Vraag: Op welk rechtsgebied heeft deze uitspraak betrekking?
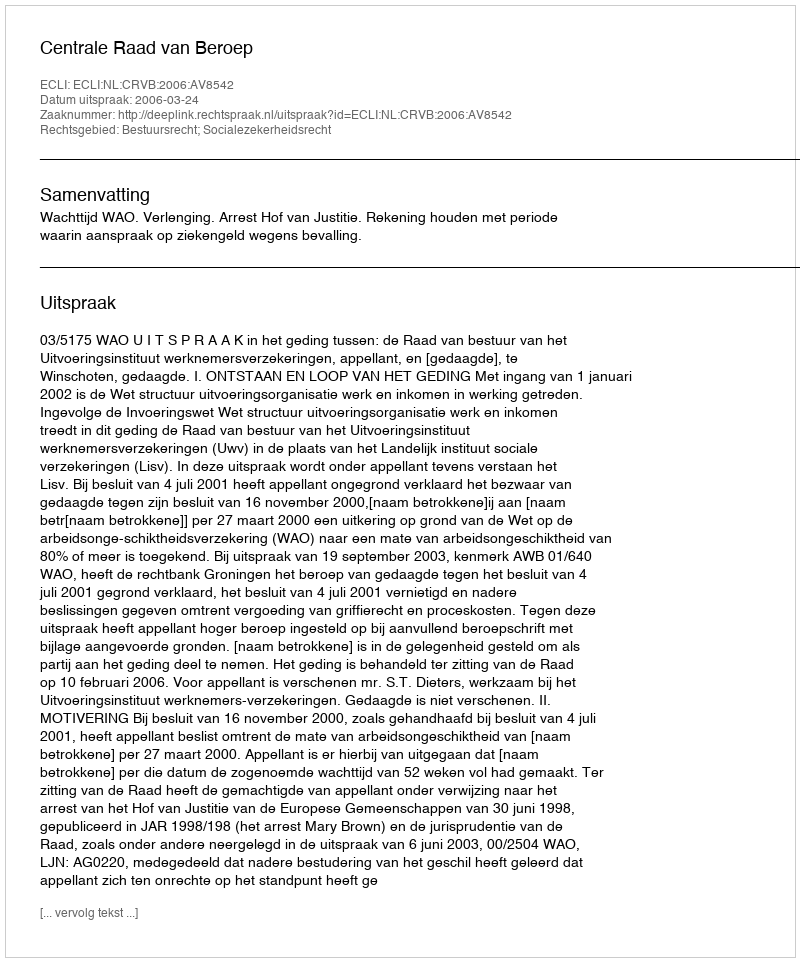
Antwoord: Bestuursrecht; Socialezekerheidsrecht